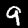
Digit: 9